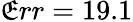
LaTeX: \mathfrak{E}rr=19.1